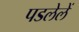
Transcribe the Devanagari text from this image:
पडलेलें